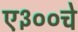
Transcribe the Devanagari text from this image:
ए३००चे